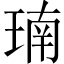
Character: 𪻳